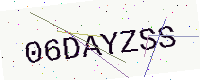
Text: 06DAYZSS